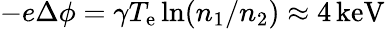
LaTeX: -e\Delta\phi=\gamma T_{\mathrm{e}}\ln(n_{1}/n_{2})\approx 4\, \mathrm{keV}